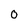
Character: o